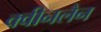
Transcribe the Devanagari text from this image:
क्वीनलैन